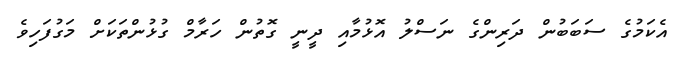
އެކަމުގެ ސަބަބުން ދަރިންގެ ނަސްލު އޮޅުމާއި ދީނީ ގޮތުން ހަރާމް ގުޅުންތަކަށް މަގުފަހިވެ